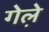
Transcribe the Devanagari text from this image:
गेले़